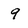
Character: 9